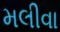
મલીવા